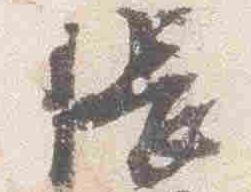
帳